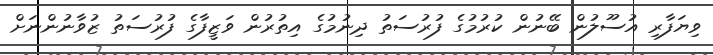
ވިޔަފާރި އުސޫލުން ބޭނުން ކުރުމުގެ ފުރުސަތު ދިނުމުގެ އިތުރުން ވަޒީފާގެ ފުރުސަތު ޒުވާނުންނަށް